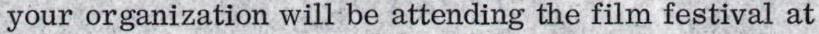
your organization will be attending the film festival at